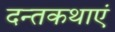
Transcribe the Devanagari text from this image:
दन्तकथाएं